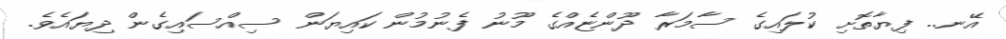
އޭނ.. ފިޔާތޮށި ކުލައިގެ ސާމަރާ ދޫންޏެއްގެ މޫނު ފެނުމުން ކައިޔަން ސިއްސައިގެން ދިޔައެވެ.